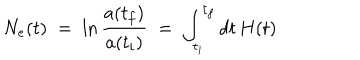
N _ { e } ( t ) \; = \; \ln { \frac { a ( t _ { f } ) } { a ( t _ { i } ) } } \; = \; \int _ { t _ { i } } ^ { t _ { f } } d t \, H ( t )